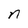
Character: n